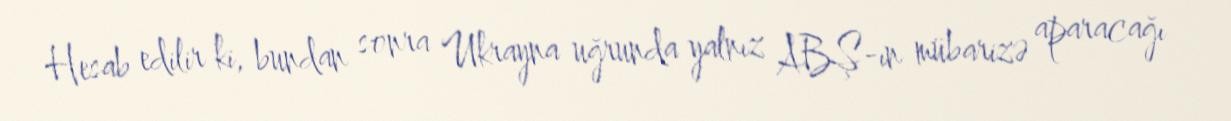
Hesab edilir ki, bundan sonra Ukrayna uğrunda yalnız ABŞ-ın mübarizə aparacağı